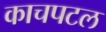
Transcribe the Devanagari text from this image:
काचपटल